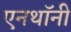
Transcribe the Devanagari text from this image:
एनथॉनी